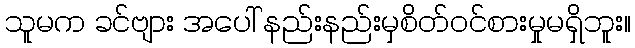
သူမက ခင်ဗျား အပေါ် နည်းနည်းမှစိတ်ဝင်စားမှုမရှိဘူး။